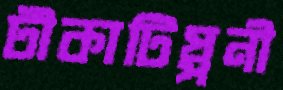
টীকাটিপ্পনী